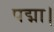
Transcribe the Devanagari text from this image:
पद्मा।